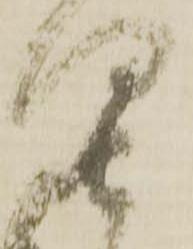
具